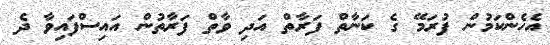
އެހެންކަމުން ފުރަމޭ ގެ ކަނާތް ފަރާތް އަދި ވާތް ފަރާތުން އައިސްފައިވާ ދެ